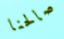
صالحنا